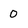
Character: 0